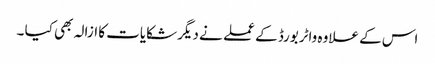
اس کے علاوہ واٹربورڈ کے عملے نے دیگر شکایات کا ازالہ بھی کیا ۔